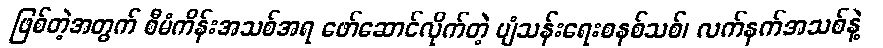
ဖြစ်တဲ့အတွက် စီမံကိန်းအသစ်အရ ဖော်ဆောင်လိုက်တဲ့ ပျံသန်းရေးစနစ်သစ်၊ လက်နက်အသစ်နဲ့